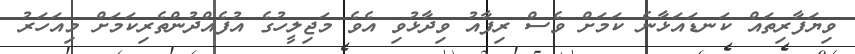
ވިޔަފާރިތައް ކަނޑައަޅާނެ ކަމަށް ވެސް ރިފާއު ވިދާޅުވި އެވެ މަޖިލީހުގެ އުފެއްދުންތެރިކަމަށް މިއަހަރު